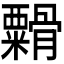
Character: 𬗁